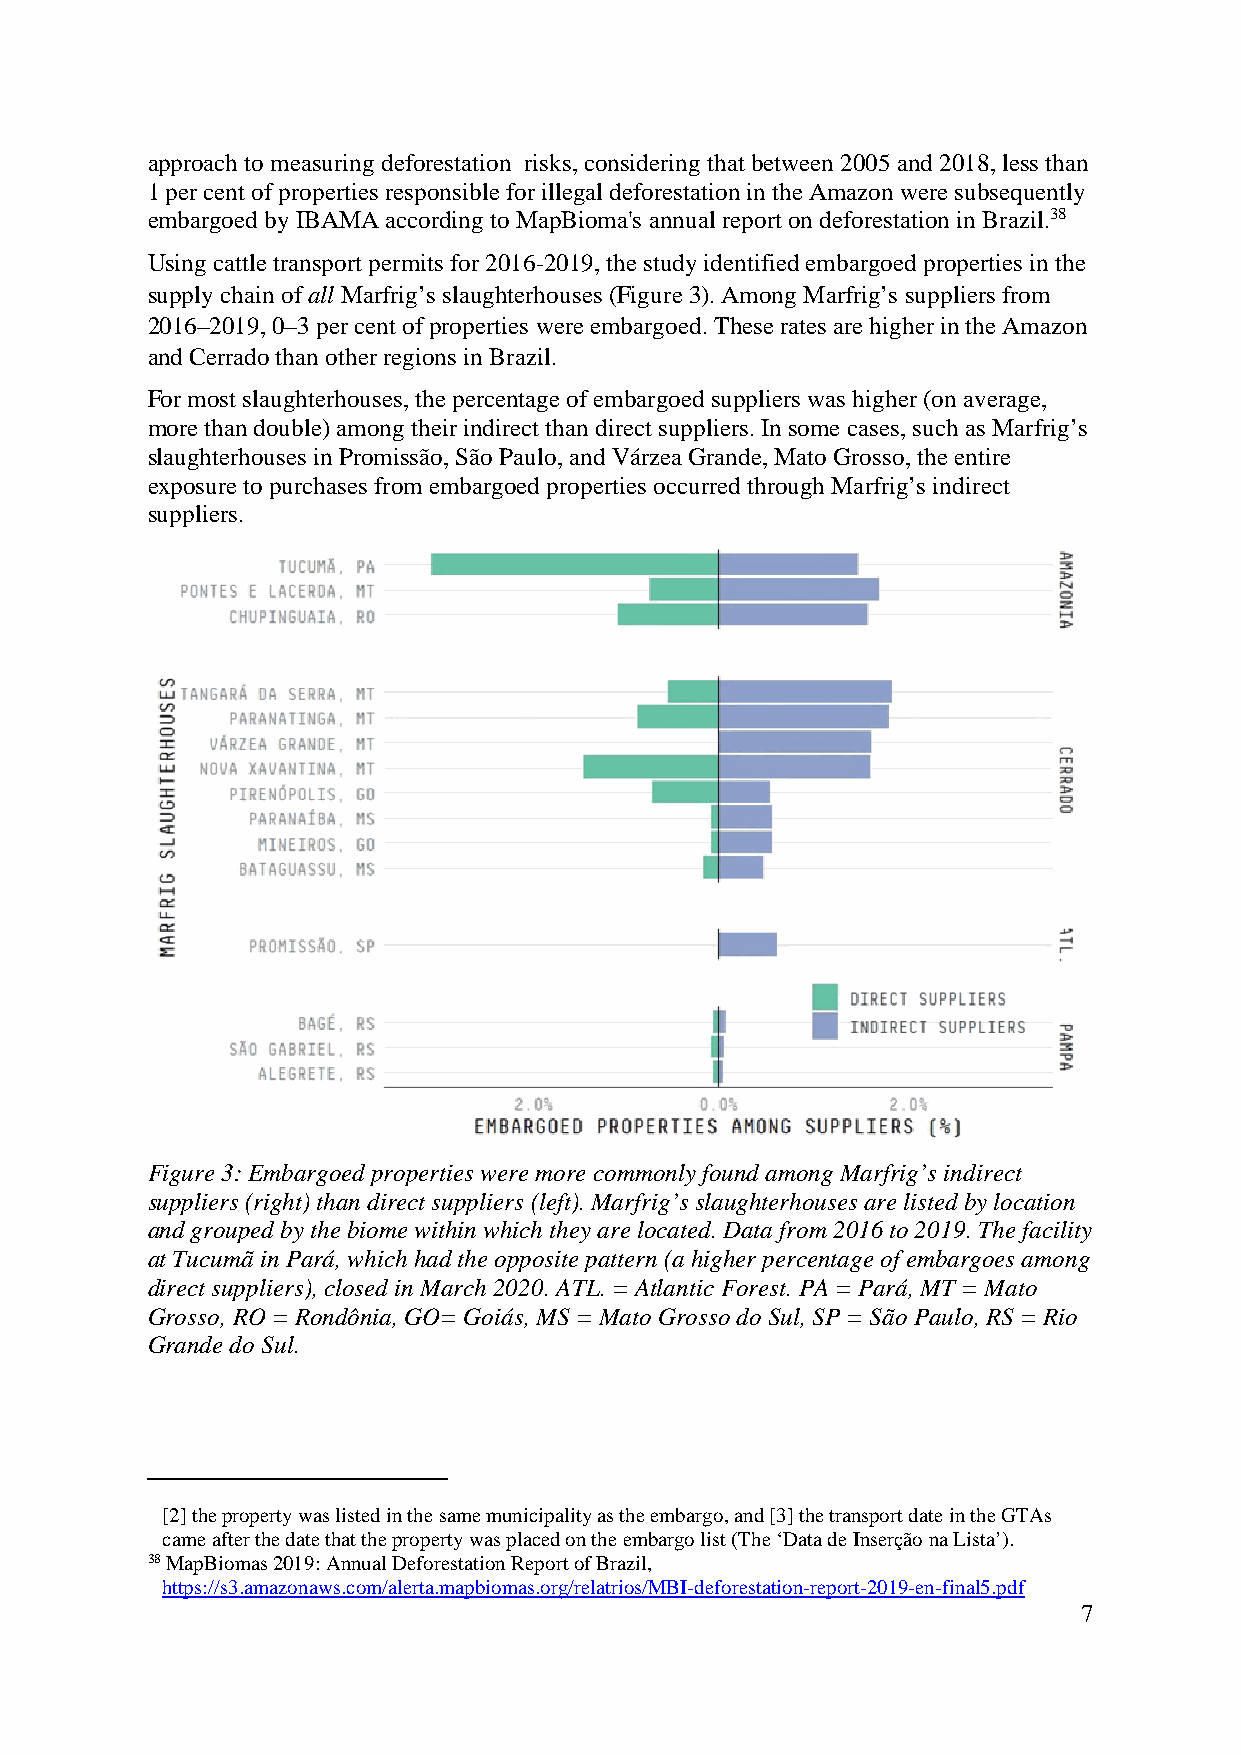
approach to measuring deforestation risks, considering that between 2005 and 2018, less than
 1 per cent of properties responsible for illegal deforestation in the Amazon were subsequently
 embargoed by IBAMA according to MapBioma's annual report on deforestation in Brazil.38
 Using cattle transport permits for 2016-2019, the study identified embargoed properties in the
 supply chain of all Marfrig’s slaughterhouses (Figure 3). Among Marfrig’s suppliers from
 2016–2019, 0–3 per cent of properties were embargoed. These rates are higher in the Amazon
 and Cerrado than other regions in Brazil.
 For most slaughterhouses, the percentage of embargoed suppliers was higher (on average,
 more than double) among their indirect than direct suppliers. In some cases, such as Marfrig’s
 slaughterhouses in Promissão, São Paulo, and Várzea Grande, Mato Grosso, the entire
 exposure to purchases from embargoed properties occurred through Marfrig’s indirect
 suppliers.
 Figure 3: Embargoed properties were more commonly found among Marfrig’s indirect
 suppliers (right) than direct suppliers (left). Marfrig’s slaughterhouses are listed by location
 and grouped by the biome within which they are located. Data from 2016 to 2019. The facility
 at Tucumã in Pará, which had the opposite pattern (a higher percentage of embargoes among
 direct suppliers), closed in March 2020. ATL. = Atlantic Forest. PA = Pará, MT = Mato
 Grosso, RO = Rondônia, GO= Goiás, MS = Mato Grosso do Sul, SP = São Paulo, RS = Rio
 Grande do Sul.
 [2] the property was listed in the same municipality as the embargo, and [3] the transport date in the GTAs
 came after the date that the property was placed on the embargo list (The ‘Data de Inserção na Lista’).
 38 MapBiomas 2019: Annual Deforestation Report of Brazil,
 https://s3.amazonaws.com/alerta.mapbiomas.org/relatrios/MBI-deforestation-report-2019-en-final5.pdf
 7